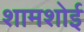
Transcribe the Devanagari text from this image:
शामशोई